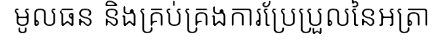
មូលធន និងគ្រប់គ្រងការប្រែប្រួលនៃអត្រា